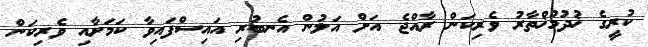
ކުރީގެ ޚުދުމުޚްތާރު ވެރިކަން ރާއްޖެ އަށް އަލުން އެނބުރި އައިސްފައިވާ ކަމަށާއި ވެރިކަން